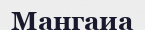
Мангаиа